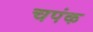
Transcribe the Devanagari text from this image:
चपंक